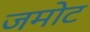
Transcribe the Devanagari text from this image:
जमोट